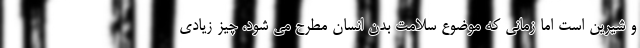
و شیرین است اما زمانی که موضوع سلامت بدن انسان مطرح می شود، چیز زیادی